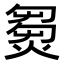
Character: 𤌽